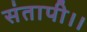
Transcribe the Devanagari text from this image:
संतापी।।